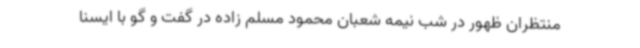
منتظران ظهور در شب نیمه شعبان محمود مسلم زاده در گفت و گو با ایسنا